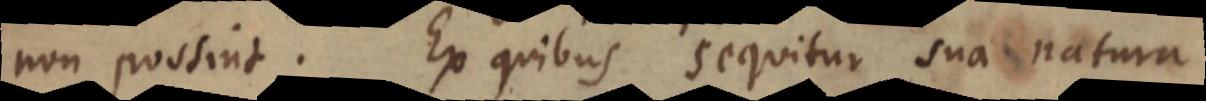
non possint. Ex quibus sequitur sua natura